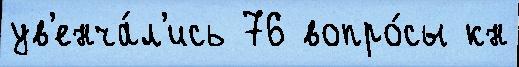
ув'енча́л'ись 76 вопро́сы кн